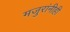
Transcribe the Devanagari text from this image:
मजुरांनीही